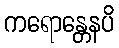
ကရောန္တေနပိ